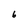
Character: 6